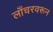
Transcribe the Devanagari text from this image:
लाँचरवरून